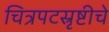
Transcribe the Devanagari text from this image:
चित्रपटस्रृष्टीचे